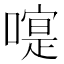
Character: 𠽰